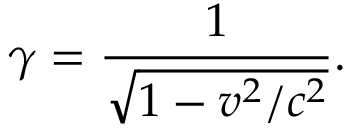
\gamma = { \frac { 1 } { \sqrt { 1 - v ^ { 2 } / c ^ { 2 } } } } .